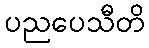
ပညပေသီတိ